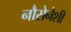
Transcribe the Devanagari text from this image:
नौसेनेशी